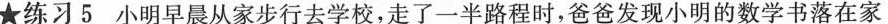
★练习5小明早晨从家步行去学校，走了一半路程时，爸爸发现小明的数学书落在家